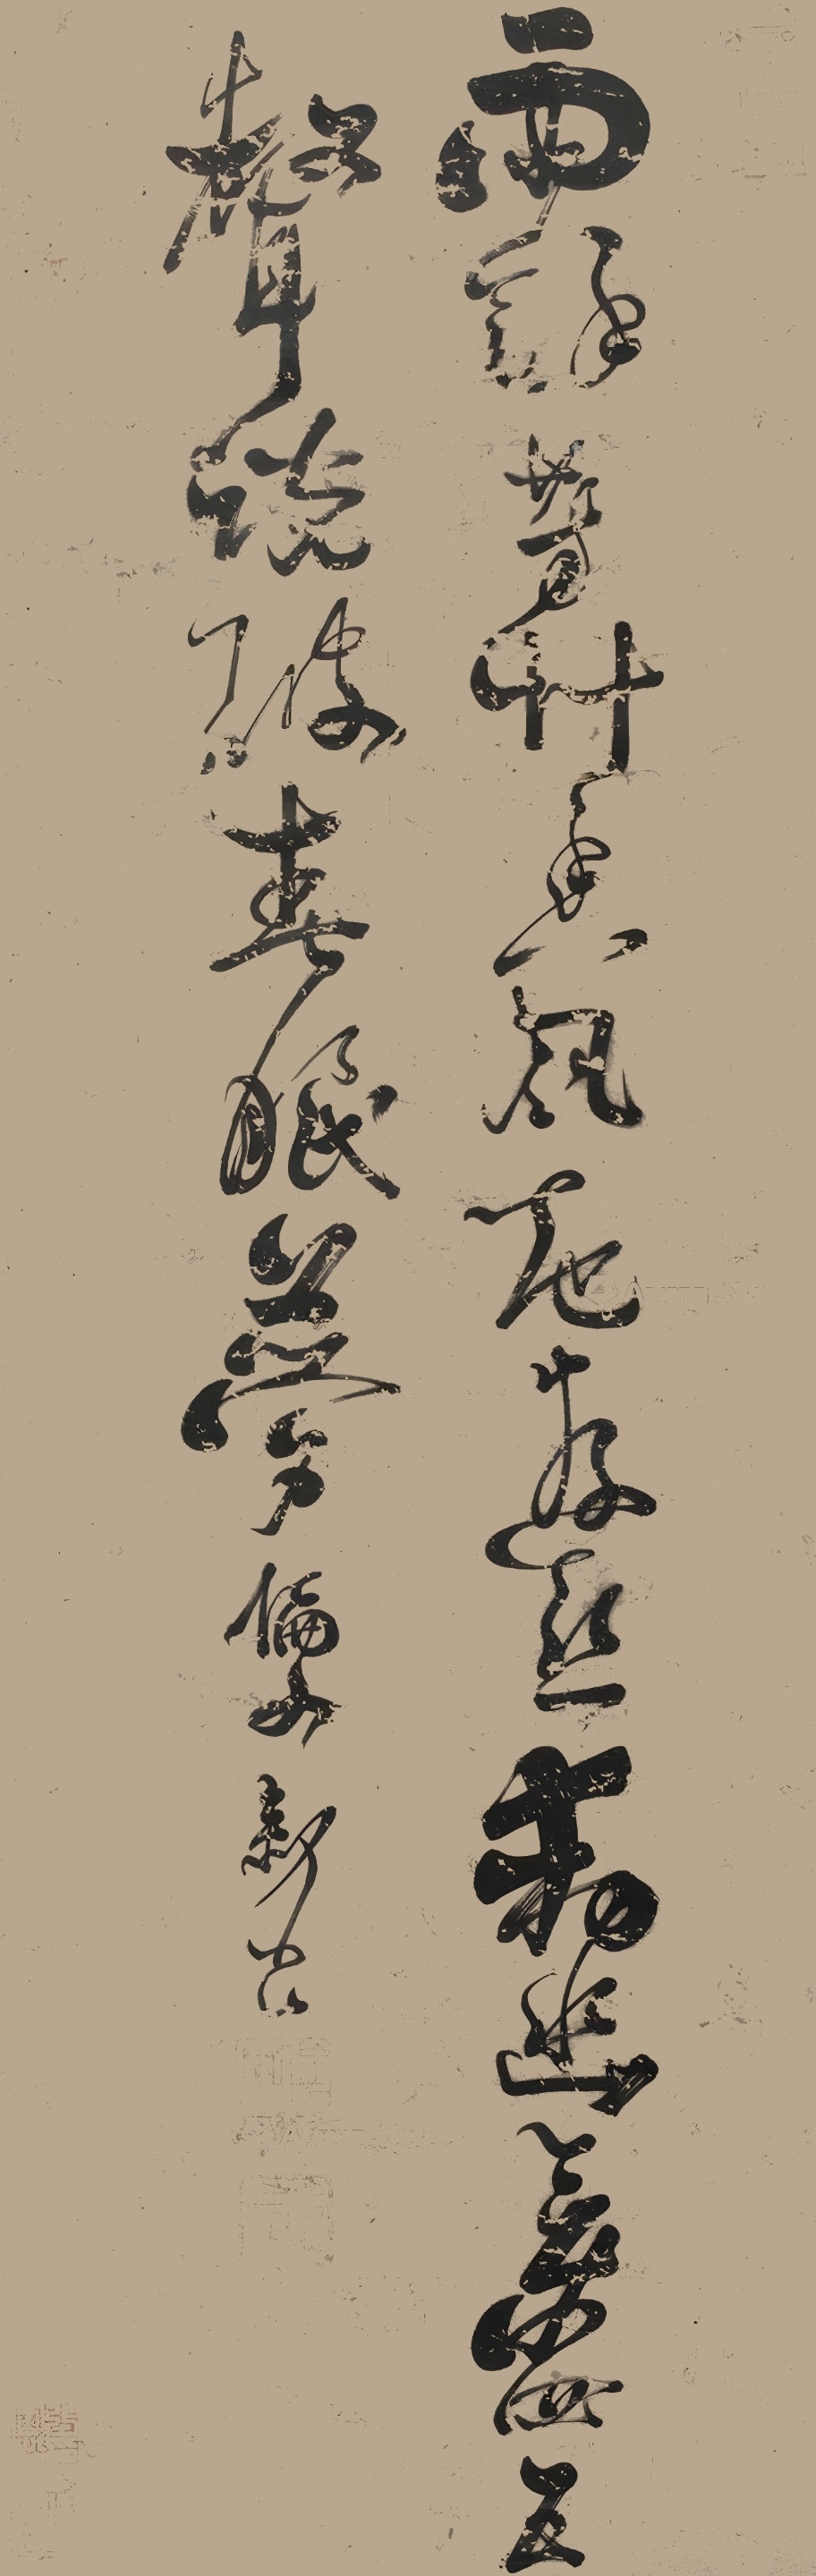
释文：雨余芳草香，风起游丝动，幽禽四五声，说破春眠梦。伦文叙书。